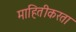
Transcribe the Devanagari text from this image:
माहितीकरता